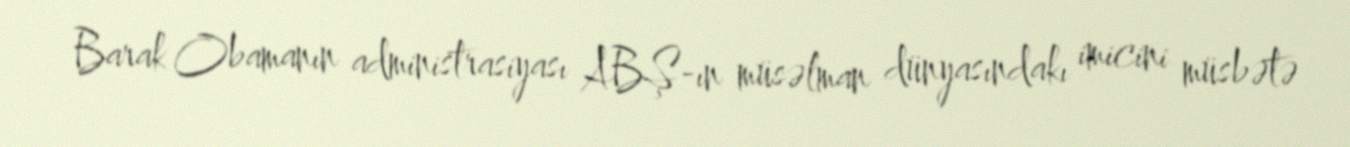
Barak Obamanın administrasiyası ABŞ-ın müsəlman dünyasındakı imicini müsbətə